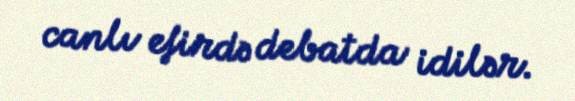
canlı efirdə debatda idilər.